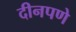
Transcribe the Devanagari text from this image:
दीनपणे